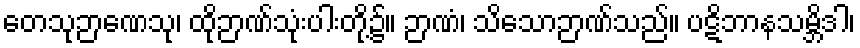
တေသုဉာဏေသု၊ ထိုဉာဏ်သုံးပါးတို့၌။ ဉာဏံ၊ သိသောဉာဏ်သည်။ ပဋိဘာနသမ္ဘိဒါ၊